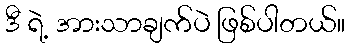
ဒီ ရဲ့ အားသာချက်ပဲ ဖြစ်ပါတယ်။